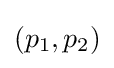
(p_{1},p_{2})